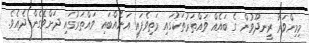
މިމިންވަރު ރީނދޫވުން ގެ ބައެއް ވައްތަރުތަކުގައި މަތިވެފައި އަނެއްބައި ވައްތަރުގައި ދަށްވެގެން ދެއެވެ.